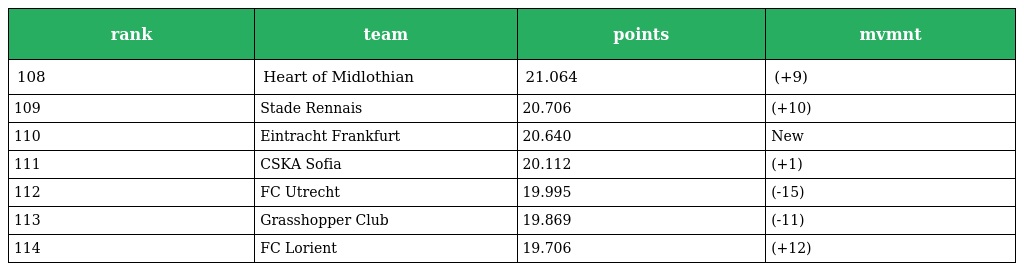
| rank | team | points | mvmnt |
 | --- | --- | --- | --- |
 | 108 | Heart of Midlothian | 21.064 | (+9) |
 | 109 | Stade Rennais | 20.706 | (+10) |
 | 110 | Eintracht Frankfurt | 20.640 | New |
 | 111 | CSKA Sofia | 20.112 | (+1) |
 | 112 | FC Utrecht | 19.995 | (-15) |
 | 113 | Grasshopper Club | 19.869 | (-11) |
 | 114 | FC Lorient | 19.706 | (+12) |